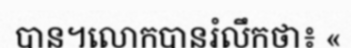
បាន។លោកបានរំលឹកថា៖ «